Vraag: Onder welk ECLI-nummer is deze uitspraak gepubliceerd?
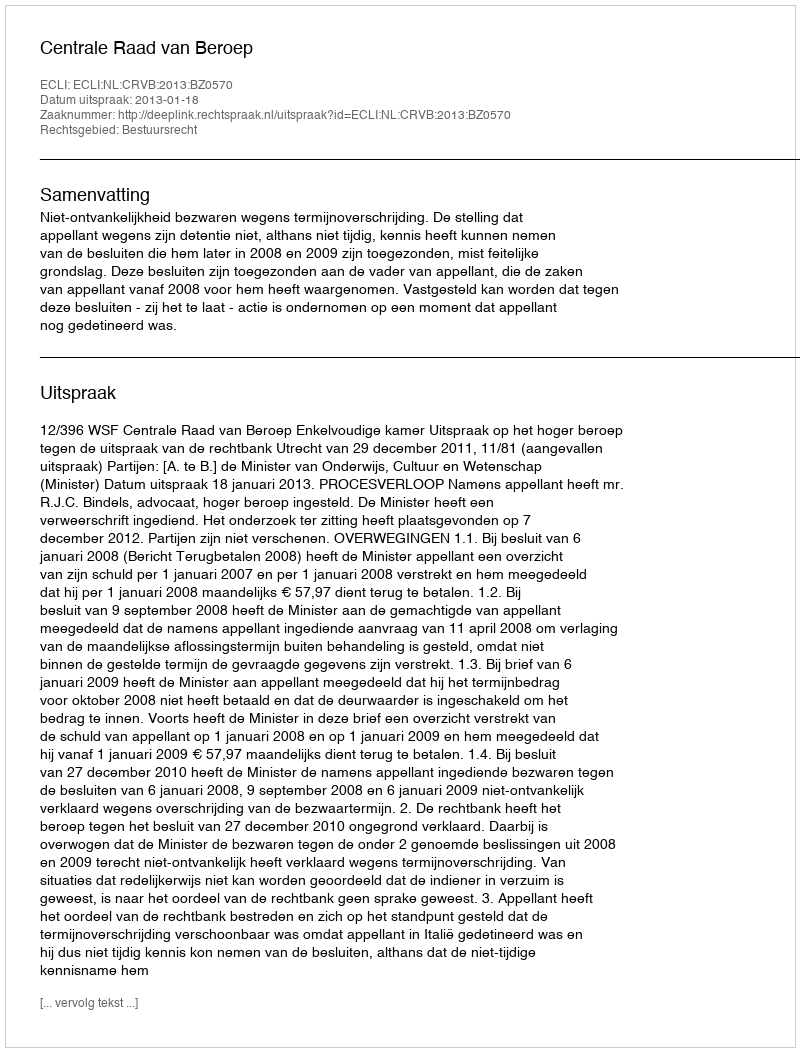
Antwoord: ECLI:NL:CRVB:2013:BZ0570